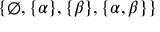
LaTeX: \{ \emptyset , \{ \alpha \} , \{ \beta \} , \{ \alpha , \beta \} \}